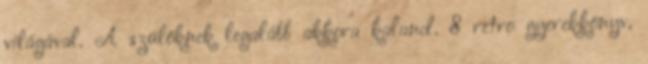
világával. A szülőknek legalább akkora kaland. 8 retro gyerekkönyv,